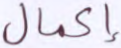
إكمال